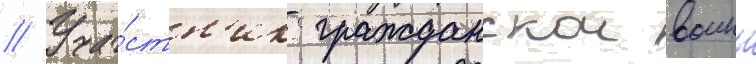
// Уча́стн'ик гражданскои воины